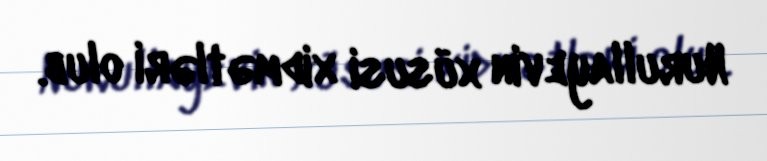
Nurullayevin xüsusi xidmətləri olub.